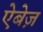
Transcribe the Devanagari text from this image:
ऐबेज़